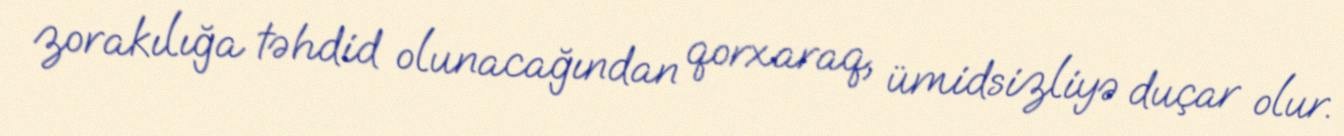
zorakılığa təhdid olunacağından qorxaraq, ümidsizliyə duçar olur.